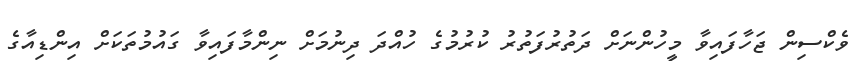
ވެކްސިން ޖަހާފައިވާ މީހުންނަށް ދަތުރުފަތުރު ކުރުމުގެ ހުއްދަ ދިނުމަށް ނިންމާފައިވާ ގައުމުތަކަށް އިންޑިއާގެ